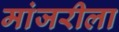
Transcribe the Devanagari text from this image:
मांजरीला